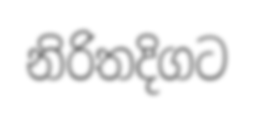
නිරිතදිගට